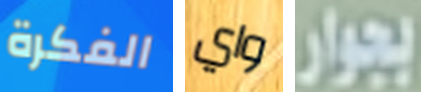
الفكرة واي بجوار